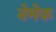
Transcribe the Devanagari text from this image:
नेमेक